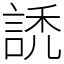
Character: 䛢